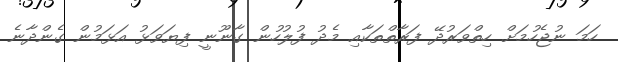
ހަމަ ނުޖެހުމަށް ހިތްވަރުދޭ ފަރާތްތަކާއި މެދު ފުލުހުން ގާނޫނީ ފިޔަވަޅު އަޅަމުން ގެންދާނެ